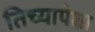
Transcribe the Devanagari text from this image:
तिच्यापेक्षा